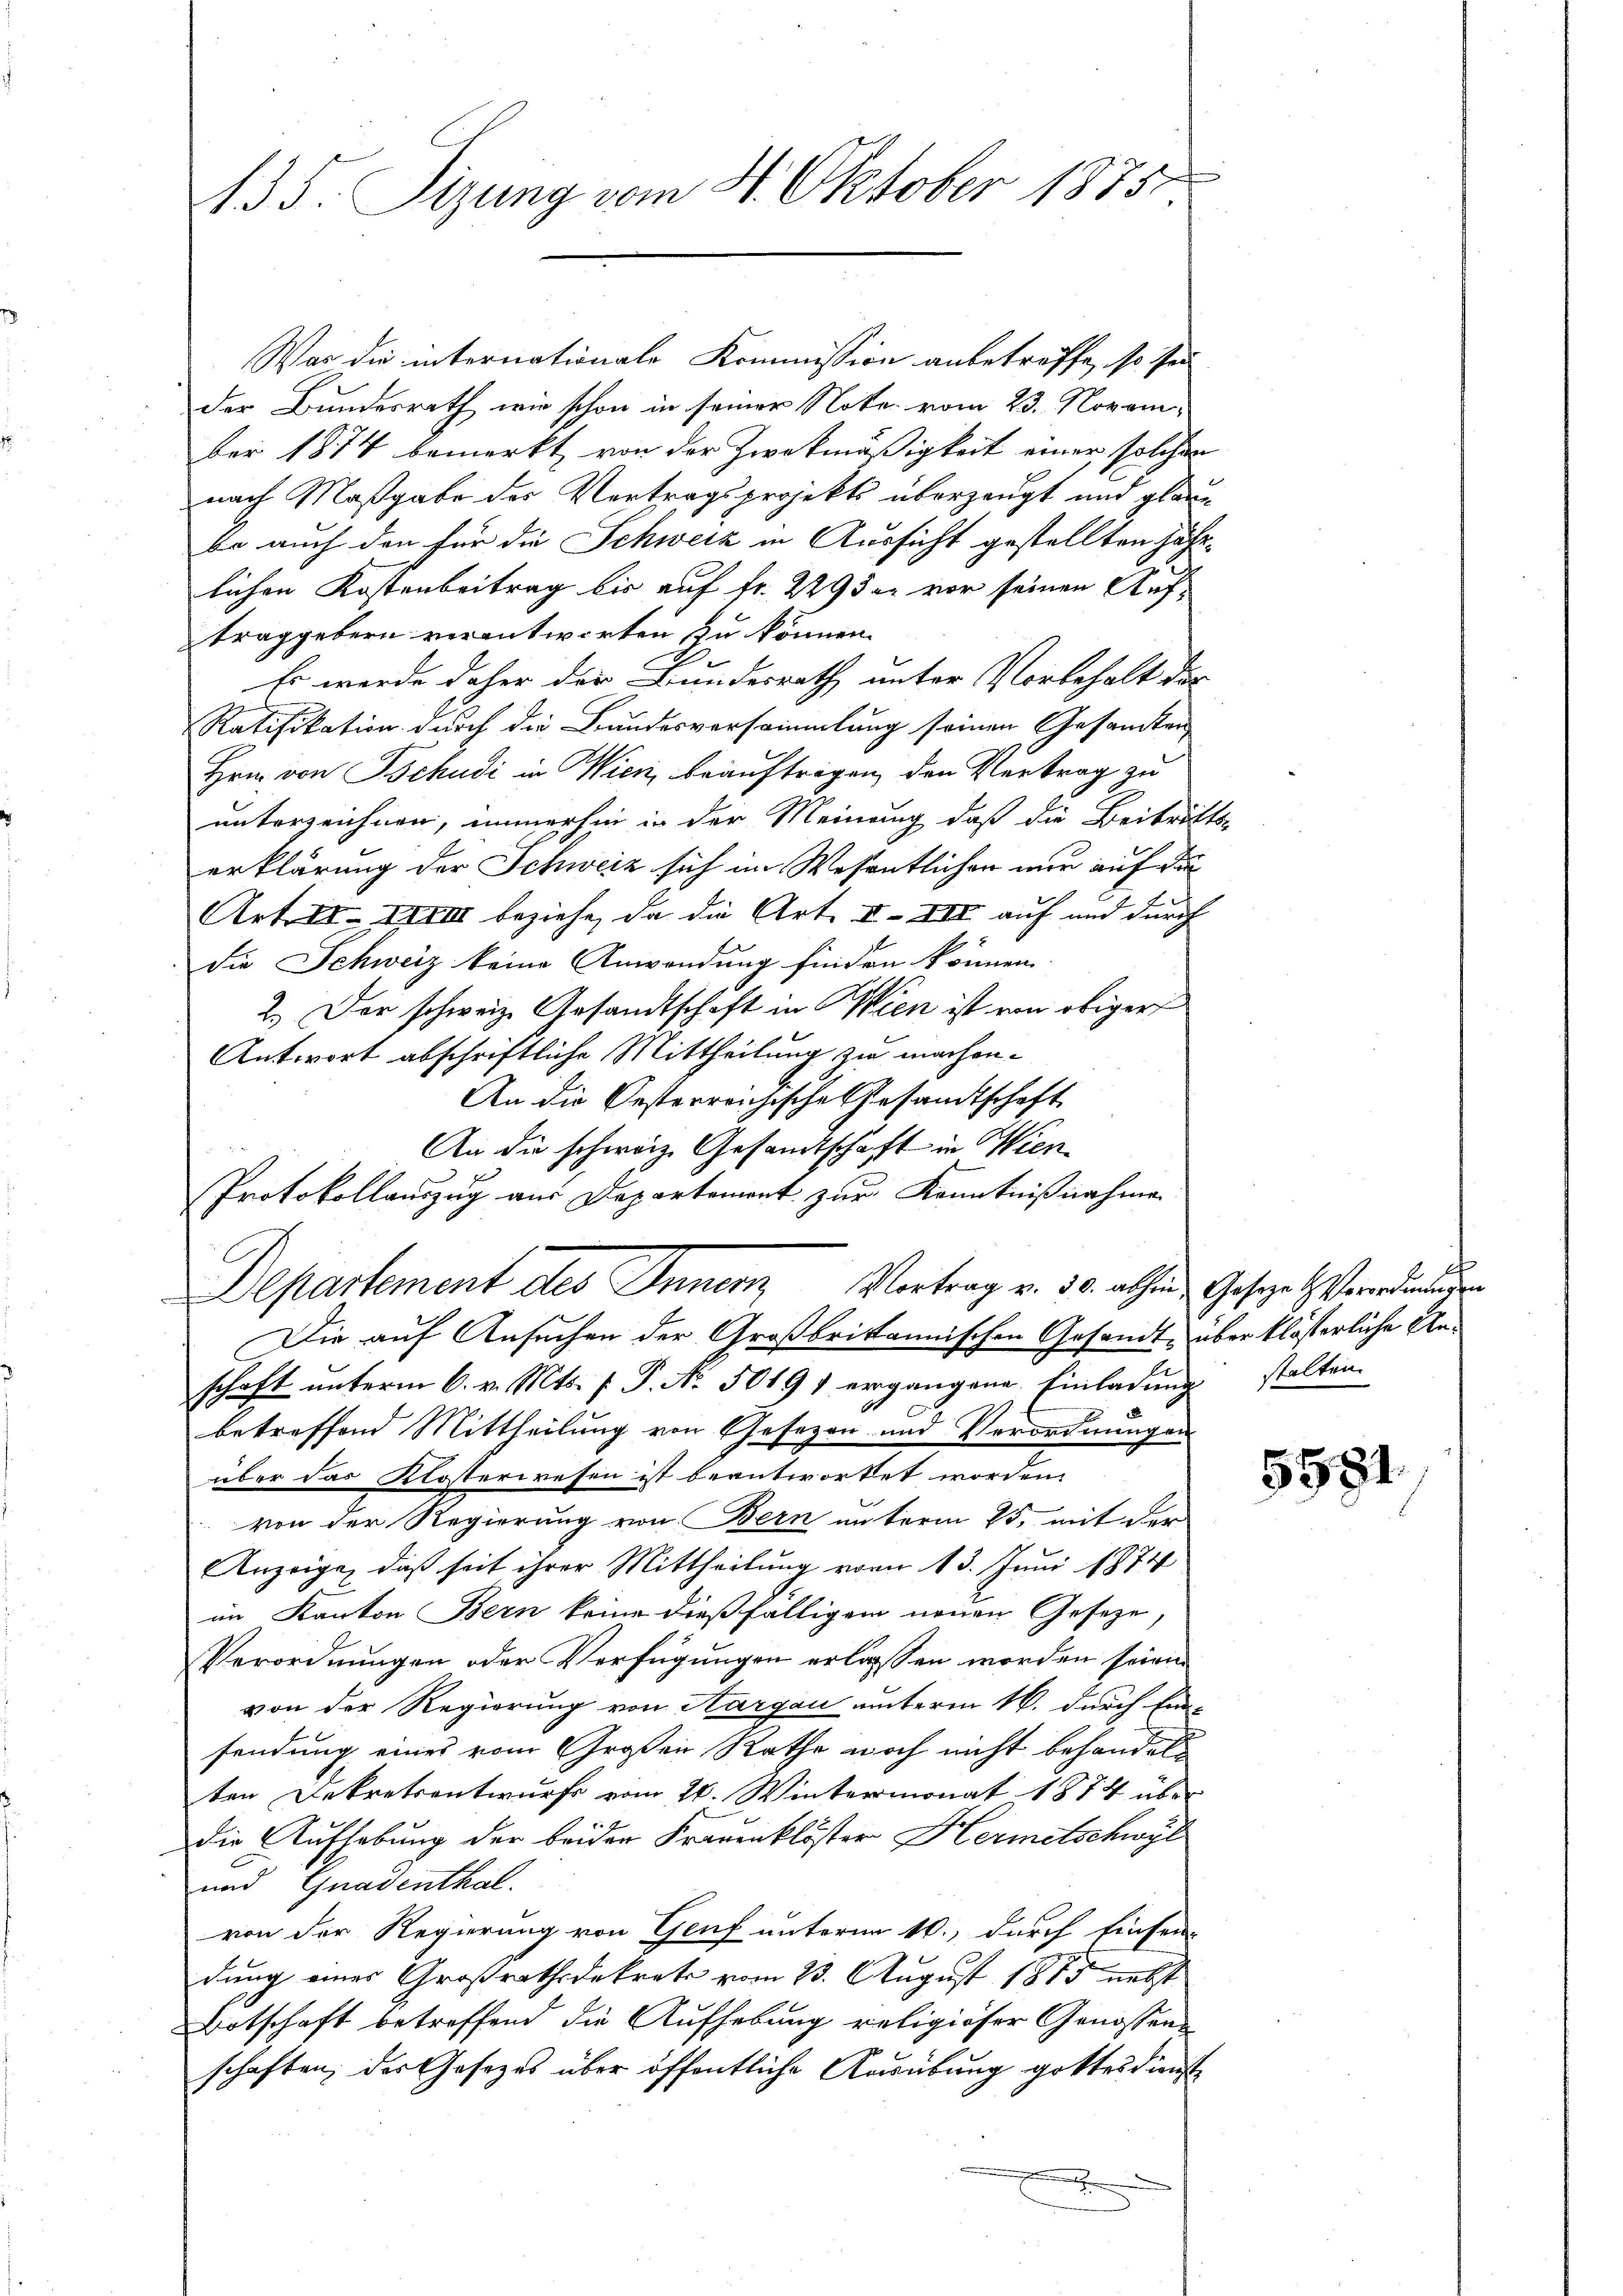
A35. Sizung vom 8. Oktober 1875

Was die internationale Kommission anbetreffe, so sei
der Bundesrath wie schon in seiner Note vom 23. November 1874 bemerkt, von der Zweckmäßigkeit einer solchen
nach Maßgabe des Vertragsprojekts überzeugt und glau
bo auch den für die Schweiz in Aussicht gestellten Jahrlichen Kostenbeitrag bis auf fr. 229 der vor seinen Auftraggebern verantworten zu können.
Es werde daher der Bundesrath unter Vorbehalt der
Ratifikation durch die Bundesversammlung seinen Gesamten
Hrn. von Tschudi in Wien, beauftragen, den Vertrag zu
unterzeichnen, immerhin in der Meinung daß die Beitritts-
erklärung der Schweiz sich im Wesentlichen nur auf da
Art. II. XXVIII beziehe, da die Art. III. III auf und durch
die Schweiz keine Anwendung finden können.
2.) Der schweiz. Gesandtschaft in Wien ist von obiger
Antwort abschriftliche Mittheilung zu machen.
An die Oesterreichische Gesamtschaft
Die auf Ansuchen der Großbrittannischen Gesandt, über klösterliche Anschaft unterm 6. v. Mts. f. P. No. 50191 ergangene Einladung stalten.
betreffend Mittheilung von Gesezen und Verordnungen
über das Klosterwesen ist beantwortet worden.
von der Regierung von Bern unterm 25. mit der
Anzeige, daß seit ihrer Mittheilung vom 13. Juni 1874
im Kanton Bern keine dießfälligem neuen Geseze,
Verordnungen oder Verfügungen erlassen worden seien.
von der Regierung von Aargau unterm 16. durch Ein-
sendung eines vom Großen Rathe noch nicht behandelten Dekretsentwurfs vom 26. Wintermonat 1874 über
die Aufhebung der beider Frauenklöster Hermetschwyl
und Gnadenthal.
von der Regierung von Genf unterm 16., durch Einsen-
dung eines Großrathsdekrets vom 23. August 1815 nebst
Botschaft betreffend die Aufhebung religiöser Genossen
schaften, der Gesetzes über öffentliche Ausübung gottesdienst
r

An die schweiz. Gesamtschaft in Wien¬
Protokollauszug aus Departement zur Kenntnißnahme
Departement des Innenz Vortrag v. 30. allen Gesezet Verordnungen

5551.